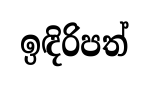
ඉඳිරිපත්